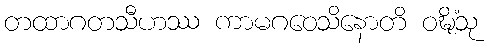
တထာဂတသီဟဿ ကာမဂဝေသိနောတိ ဝဍ္ဎိံသု